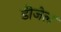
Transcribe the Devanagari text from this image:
डीजेल